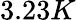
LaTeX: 3.23K